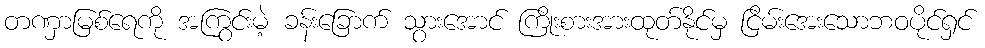
တဏှာမြစ်ရေကို အကြွင်းမဲ့ ခန်းခြောက် သွားအောင် ကြိုးစားအားထုတ်နိုင်မှ ငြိမ်းအေးသောဘဝပိုင်ရှင်